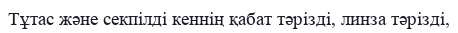
Тұтас және секпілді кеннің қабат тәрізді, линза тәрізді,